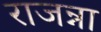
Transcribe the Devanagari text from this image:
राजन्ना